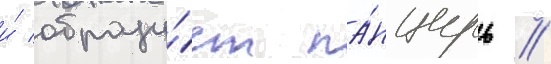
и́ образу́ет па́нцирь //